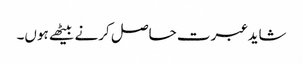
شاید عبرت حاصل کرنے بیٹھے ہوں۔